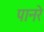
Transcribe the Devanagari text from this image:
पानरे